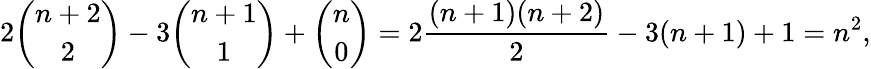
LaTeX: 2{\binom{n+2}{2}}-3{\binom{n+1}{1}}+{\binom{n}{0}}=2{\frac{(n+1)(n+2)}{2}}-3(n+1)+1=n^{2},